Leaving Certificate Examination (including Day School Certificate (Higher) General paper), 1928
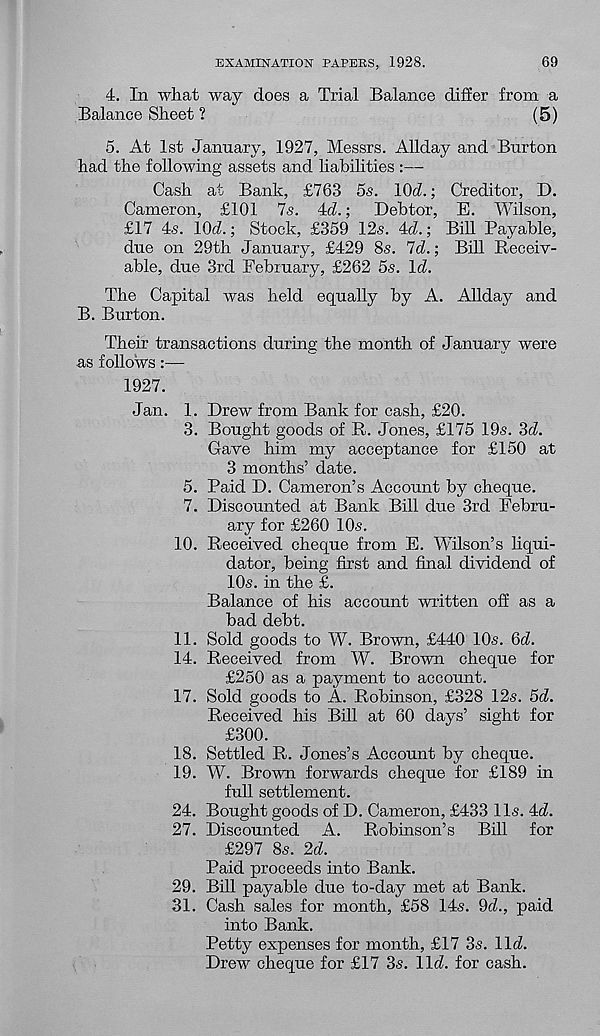
EXAMINATION PAPERS, 1928.
69
4. In what way does a Trial Balance differ from a
Balance Sheet ?
(5)
5. At 1st January, 1927, Messrs. Allday and Burton
had the following assets and liabilities :—
Cash at Bank, £763 5s. KM.; Creditor, D.
Cameron, £101 7s. 4d.;
Debtor, E. Wilson,
£17 4s. IQd.; Stock, £359 12s. 4d.; Bill Payable,
due on 29th January, £429 8s. Id.; Bill Receiv-
able, due 3rd February, £262 5s. Id.
The Capital was held equally by A. Allday and
B. Burton.
Their transactions during the month of January were
as follows:—
1927.
Jan. 1. Drew from Bank for cash, £20.
3. Bought goods of R. Jones, £175 19s. 3d.
Gave him my acceptance for £150 at
3 months’ date.
5. Paid D. Cameron’s Account by cheque.
7. Discounted at Bank Bill due 3rd Febru-
ary for £260 10s.
10. Received cheque from E. Wilson’s liqui-
dator, being first and final dividend of
10s. in the £.
Balance of his account written off as a
bad debt.
11. Sold goods to W. Brown, £440 10s. 6d.
14. Received from W. Brown cheque for
£250 as a payment to account.
17. Sold goods to A. Robinson, £328 12s. 5d.
Received his Bill at 60 days’ sight for
£300.
18. Settled R. Jones’s Account by cheque.
19. W. Brown forwards cheque for £189 in
full settlement.
24. Bought goods of D. Cameron, £433 11s. 4d.
27. Discounted A. Robinson’s Bill for
£297 8s. 2d.
Paid proceeds into Bank.
29. Bill payable due to-day met at Bank.
31. Cash sales for month, £58 14s. 9d., paid
into Bank.
Petty expenses for month, £17 3s. lid.
Drew cheque for £17 3s. lid. for cash.